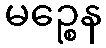
မဉ္စေန